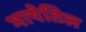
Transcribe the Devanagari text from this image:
भाषेतिल